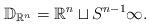
LaTeX: \begin{align*}\mathbb{D}_{\mathbb{R}^n}=\mathbb{R}^n \sqcup S^{n-1}\infty.\end{align*}